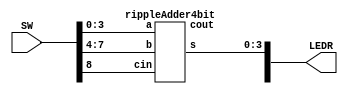
module mux(SW, LEDR);
	input [9:0] SW;
	output [9:0] LEDR;
	
	rippleAdder4bit r0(
		.a(SW[3:0]),
		.b(SW[7:4]),
		.cin(SW[8]),
		.cout(LEDR[9]),
		.s(LEDR[3:0])
	);
endmodule

module rippleAdder4bit(a, b, cin, cout, s);
	input [3:0] a;
	input [3:0] b;
	input cin;
	output cout;
	output [3:0] s;
	wire c1, c2, c3;
	
	fullAdder f0(
		.one(a[0]),
		.two(b[0]),
		.cin(cin),
		.cout(c1),
		.s(s[0])
	);
	
	fullAdder f1(
		.one(a[1]),
		.two(b[1]),
		.cin(c1),
		.cout(c2),
		.s(s[1])
	);
	
	fullAdder f2(
		.one(a[2]),
		.two(b[2]),
		.cin(c2),
		.cout(c3),
		.s(s[2])
	);
	
	fullAdder f3(
		.one(a[3]),
		.two(b[3]),
		.cin(c3),
		.cout(cout),
		.s(s[3])
	);
	
endmodule

module fullAdder(one, two, cin, cout, s);
	input one, two, cin;
	output cout, s;
	
	assign s = ~cin & (one^two) | cin & ~(one ^ two);
	assign cout = cin & (one|two) | ~cin & (one&two);
endmodule